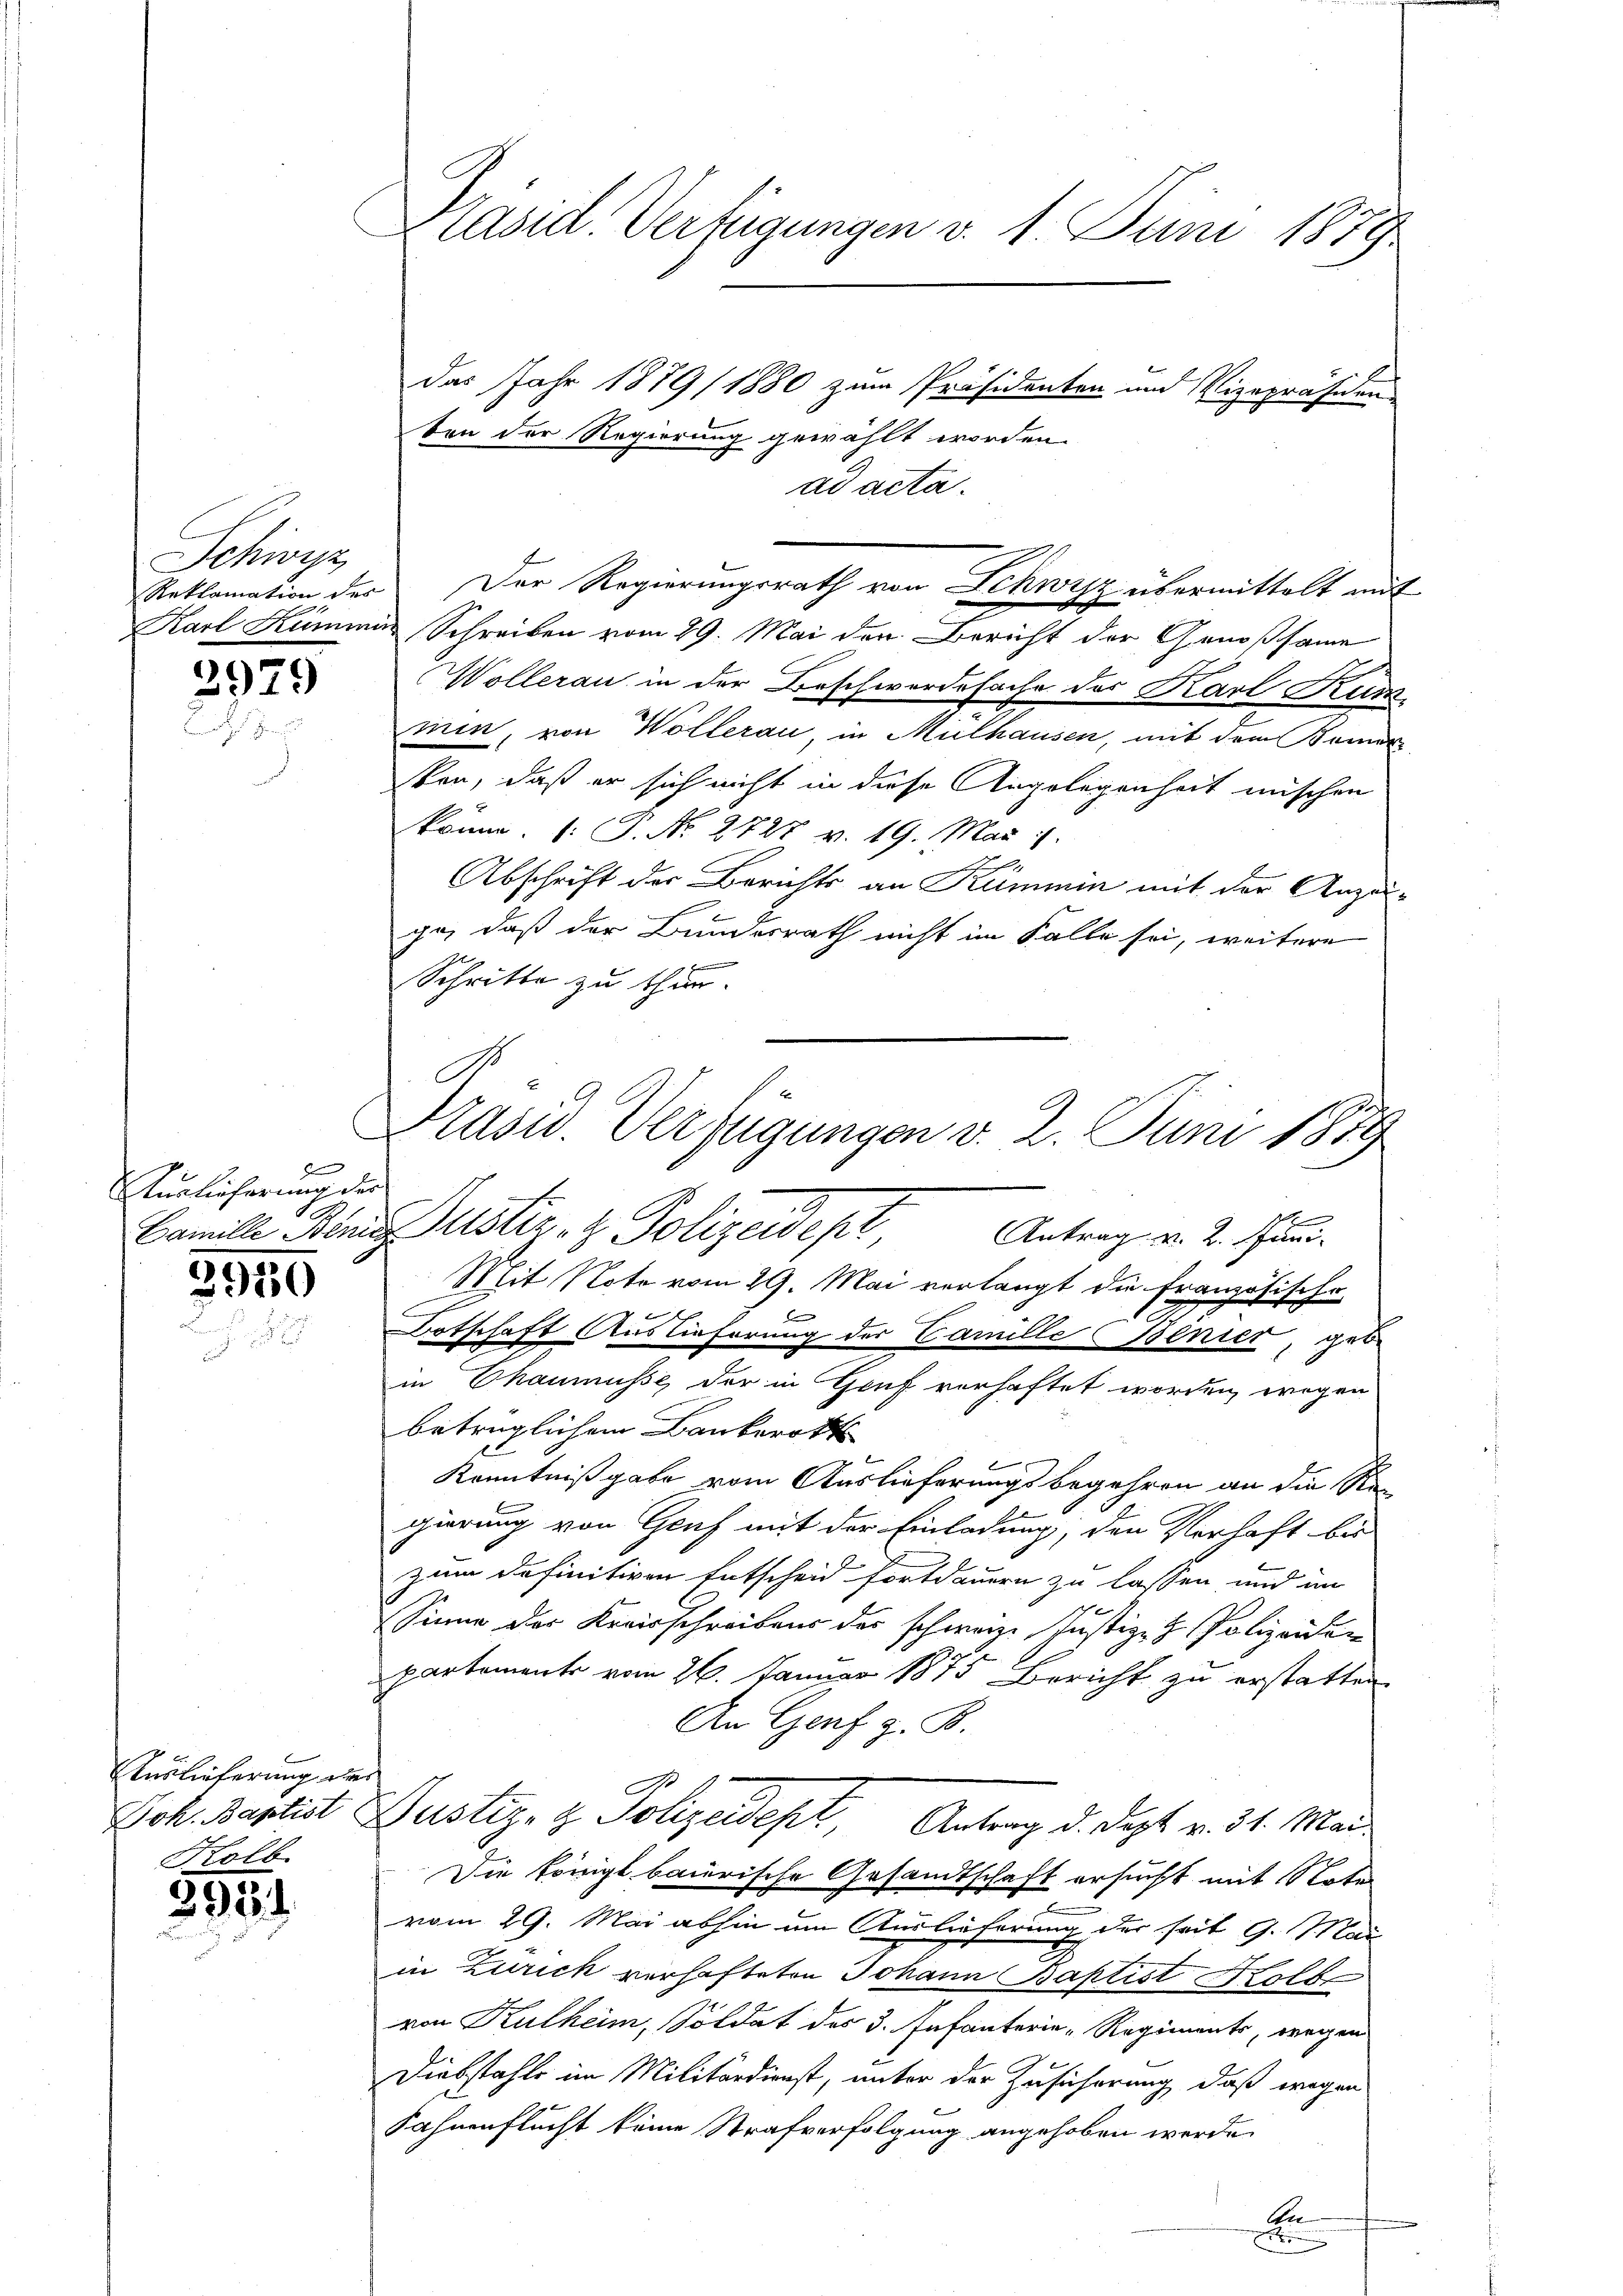
Schwyz,
Reklamation des

3979

d
Auslieferung der
S

3930

Auslieferung der
Kolb.

2954

Präsid. Verfügungen v. 1. Juni 1879

das Jahr 1879/ 1880 zum Präsidenten und Vizepräsiden-
ten der Regierung gewählt worden.
ad acta.
Der Regierungsrath von Schwyz übermittelt mit
Karl Kümmer Schreiben vom 29. Mai den Bericht der Genossame
e
Wollerau in der Beschwerdesache des Karl Kum
min, von Wollerau, in Mülhausen, mit dem Bemer
sten, daß er sich nicht in diese Angelegenheit mischen
komme.  P. Nr. 2727 v. 19. Mai 1
Abschrift der Berichts an Kümmin mit der Anzeige, daß der Bundesrath nicht im Falle sei, weitere
Schritte zu thun.
Präsid. Verfügungen v. 2. Juni 1889

Mit Note vom 29. Mai verlangt die französische
f
Botschaft Auslieferung der Camille Benier, geb.
in Chaumüsse der in Gouf verhaftet worden, wegen
betrüglichem Bankerott
Kenntnißgabe vom Auslieferungsbegehren an die Re-
gierung von Genf mit der Einladung, den Verhaft bei
zum definitiven Entscheid fortdauern zu lassen, und im
Sinne der Kreisschreibens der schweiz. Justiz- & Polizeiden
partements vom 26. Januar 1875 Bericht zu erstatten.
An Genf z. B.
x
Joh. Baptist Gustiz- & Polizeidept Antrag d. Sept v. 31. Mai
Die Hörig bairische Gesandtschaft ersucht mit Note
vom 29. Mai abhin um Auslieferung der seit G. Mai
in Zürich verhafteten Johann Baptist Holbe
von Kulheim, Soldat des 3. Infanterie-Regiments, wegen
Diebstahle im Militärdienst, unter der Zusicherung, daß wegen
Fahnenflucht keine Strafverfolgung angehoben werde.
An
e

Famille Benia Justiz- & Polizeidept
Antrag v. 2. Juni.